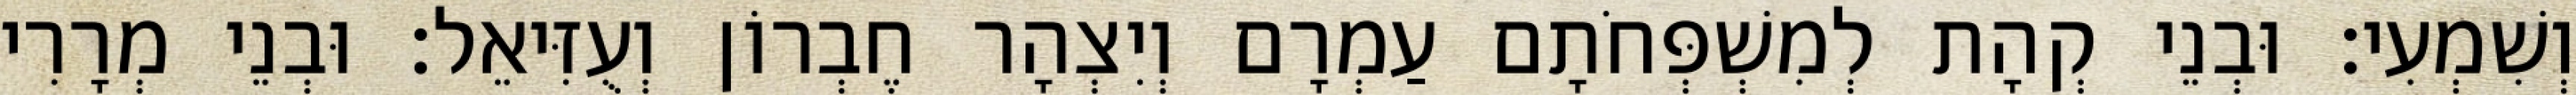
וְשִׁמְעִי׃ וּבְנֵי קְהָת לְמִשְׁפְּחֹתָם עַמְרָם וְיִצְהָר חֶבְרוֹן וְעֻזִּיאֵל׃ וּבְנֵי מְרָרִי